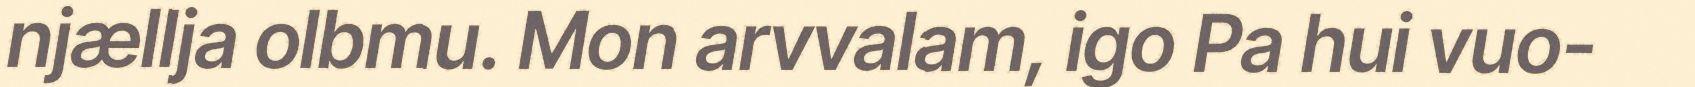
njællja olbmu. Mon arvvalam, igo Pa hui vuo-